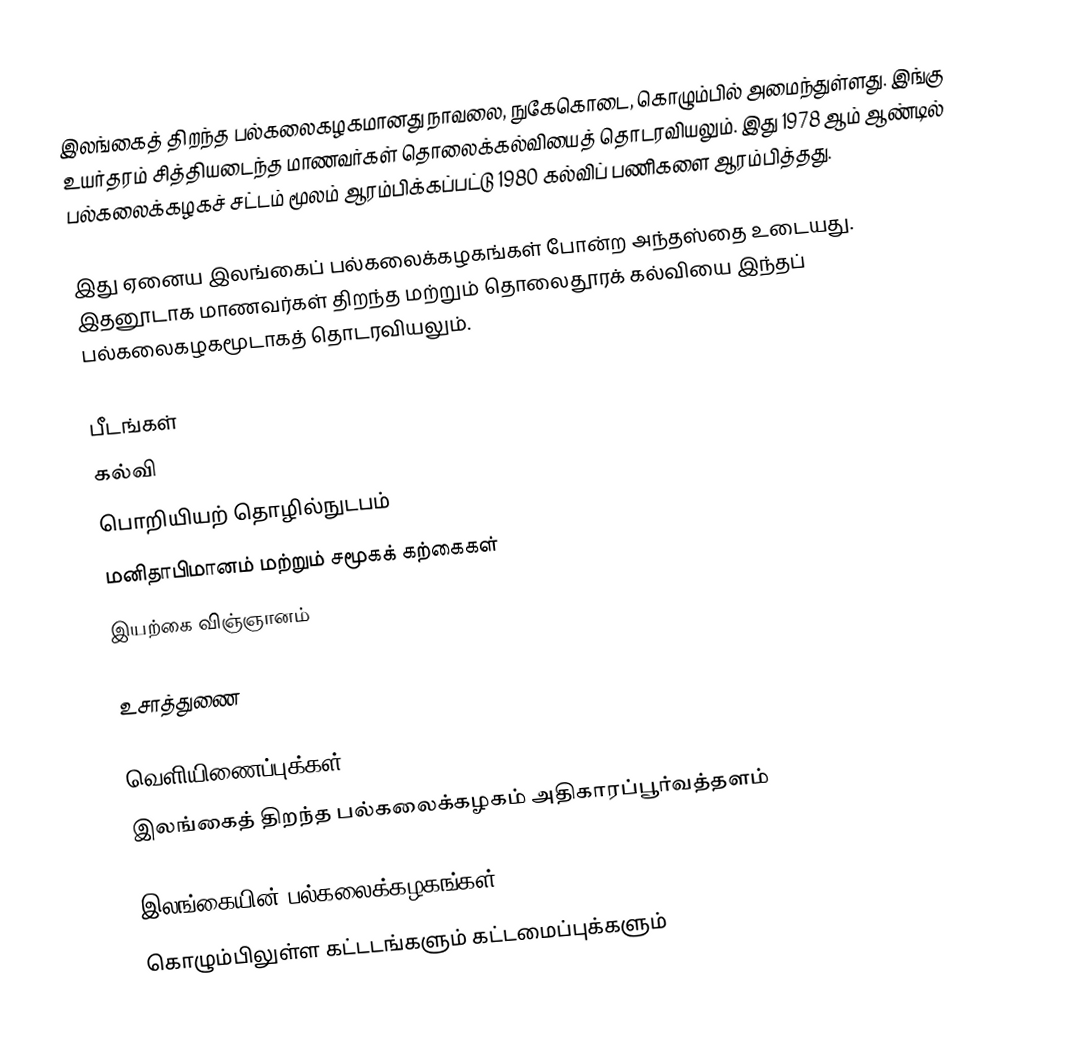
இலங்கைத் திறந்த பல்கலைகழகமானது நாவலை, நுகேகொடை, கொழும்பில் அமைந்துள்ளது. இங்கு உயர்தரம் சித்தியடைந்த மாணவர்கள் தொலைக்கல்வியைத் தொடரவியலும். இது 1978 ஆம் ஆண்டில் பல்கலைக்கழகச் சட்டம் மூலம் ஆரம்பிக்கப்பட்டு 1980 கல்விப் பணிகளை ஆரம்பித்தது.

இது ஏனைய இலங்கைப் பல்கலைக்கழகங்கள் போன்ற அந்தஸ்தை உடையது. இதனூடாக மாணவர்கள் திறந்த மற்றும் தொலைதூரக் கல்வியை இந்தப் பல்கலைகழகமூடாகத் தொடரவியலும்.

பீடங்கள்
கல்வி
பொறியியற் தொழில்நுடபம்
மனிதாபிமானம் மற்றும் சமூகக் கற்கைகள்
இயற்கை விஞ்ஞானம்

உசாத்துணை

வெளியிணைப்புக்கள்
இலங்கைத் திறந்த பல்கலைக்கழகம்  அதிகாரப்பூர்வத்தளம்

இலங்கையின் பல்கலைக்கழகங்கள்
கொழும்பிலுள்ள கட்டடங்களும் கட்டமைப்புக்களும்